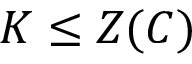
K \leq Z ( C )